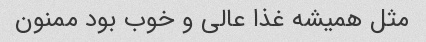
مثل همیشه غذا عالی و خوب بود ممنون